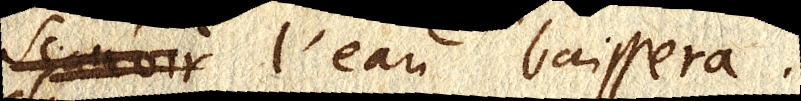
sçavoir l’eau baissera.